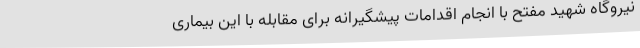
نیروگاه شهید مفتح با انجام اقدامات پیشگیرانه برای مقابله با این بیماری